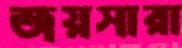
জয়সারা